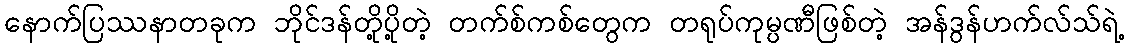
နောက်ပြဿနာတခုက ဘိုင်ဒန်တို့ပို့တဲ့ တက်စ်ကစ်တွေက တရုပ်ကုမ္ပဏီဖြစ်တဲ့ အန်ဒွန်ဟက်လ်သ်ရဲ့